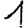
Digit: 1